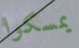
يمسكوا